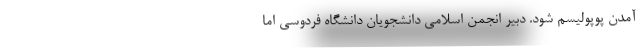
آمدن پوپولیسم شود. دبیر انجمن اسلامی دانشجویان دانشگاه فردوسی اما